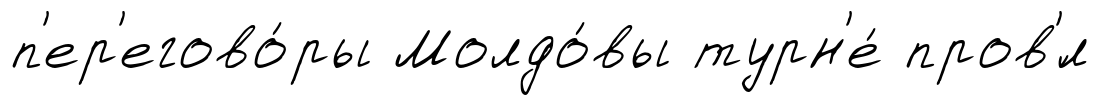
п'ер'егово́ры Молдо́вы турн'е́ пров'́л